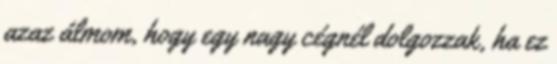
azaz álmom, hogy egy nagy cégnél dolgozzak, ha ez